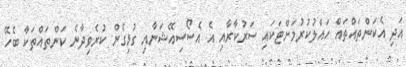
އަދި އެކަންތައްތައް ހައްލުކުރުމަށްޓަކައި ސަރުކާރާއި އެ އެސޯސިއޭޝަނާއި ގުޅިގެން ކުރެވިދާނެ ކަންތައްތަކާ ބެހޭ